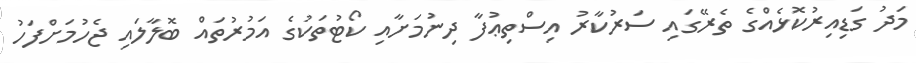
މަދު ގަޑިއިރުކޮޅެއްގެ ތެރޭގައި ސަރުކާރު އިސްތިޢުފާ ދިނުމަށާއި ކޯޓުތަކުގެ އަމުރުތައް ބޮލާލައި ޖެހުމަށްފަހު